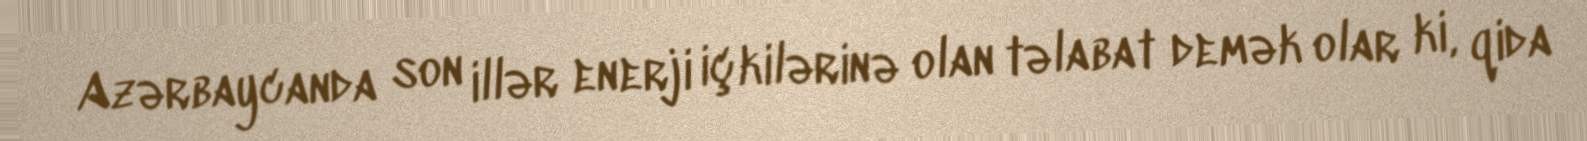
Azərbaycanda son illər enerji içkilərinə olan təlabat demək olar ki, qida